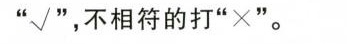
"√",不相符的打"×"